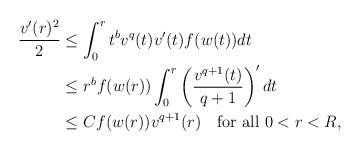
LaTeX: \begin{align*}\begin{aligned} \frac{v'(r)^{2}}{2} &\leq \int_{0}^{r} t^{b}v^{q}(t)v'(t)f(w(t)) dt \\ &\leq r^{b}f(w(r))\int_{0}^{r}\left(\frac{v^{q+1}(t)}{q+1}\right)'dt \\ &\leq Cf(w(r))v^{q+1}(r)\quad\mbox{for all}\ 0<r<R,\end{aligned}\end{align*}